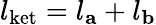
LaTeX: l_{\mathrm{ket}}=l_{\mathbf{a}}+l_{\mathbf{b}}